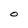
Character: O